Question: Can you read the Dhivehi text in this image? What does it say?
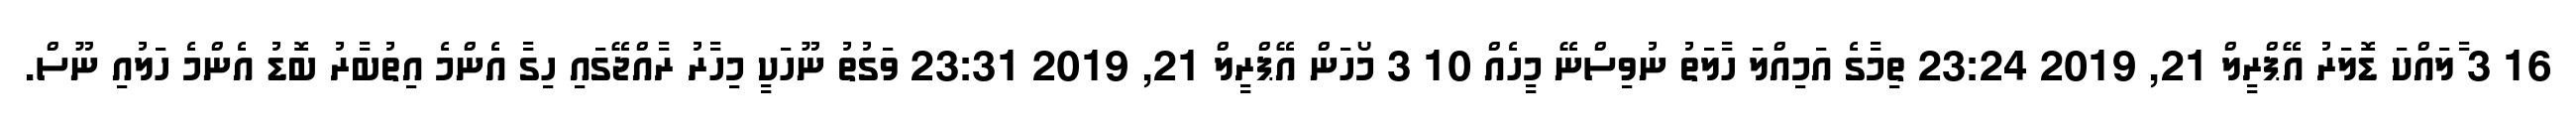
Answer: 16 3 ާލައްކަ ޑޮލަރު އޭޕްރީލް 21, 2019 23:24 ތިމާގެ އަމިއްލަ ހާލަތު ނުވިސްނޭ މީހެއް 10 3 މޯހަން އޭޕްރީލް 21, 2019 23:31 ވަގުތު ނޫހަކީ މިހާރު ރާއްޖޭގައި ހިގާ އެންމެ އިތުބާރު ބޮޑު އެންމެ ހަލުއި ނޫސް.